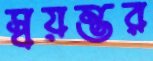
স্বয়ম্ভর